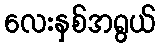
လေးနှစ်အရွယ်